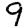
Digit: 9